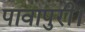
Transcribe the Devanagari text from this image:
पावापुरी।